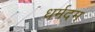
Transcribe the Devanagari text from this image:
धर्मदम